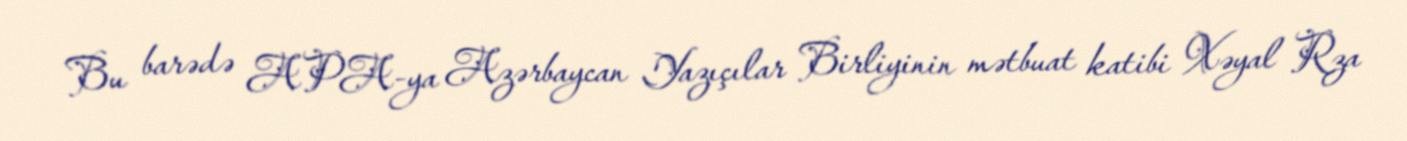
Bu barədə APA-ya Azərbaycan Yazıçılar Birliyinin mətbuat katibi Xəyal Rza